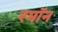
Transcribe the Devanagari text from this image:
रमॉन